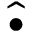
\hat { \bullet }